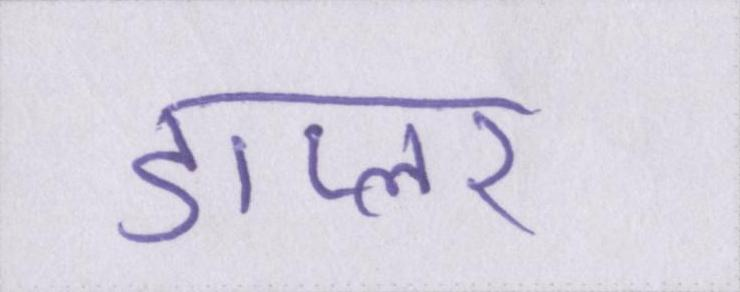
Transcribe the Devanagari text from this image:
डाप्लर